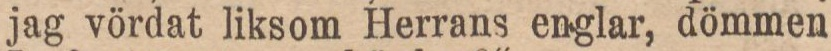
jag vördat liksom Herrans englar, dömmen